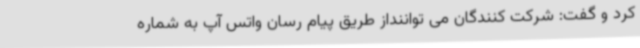
کرد و گفت: شرکت کنندگان می تواننداز طریق پیام رسان واتس آپ به شماره